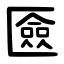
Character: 匳